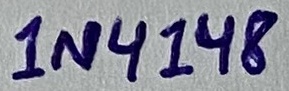
Text: 1N4148